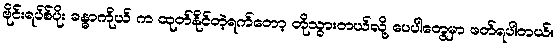
ဗိုင်းရပ်စ်ပိုး ခန္ဓာကိုယ် က ထုတ်နိုင်တဲ့ရက်တော့ တိုသွားတယ်လို့ ပေပါတွေမှာ ဖတ်ရပါတယ်။